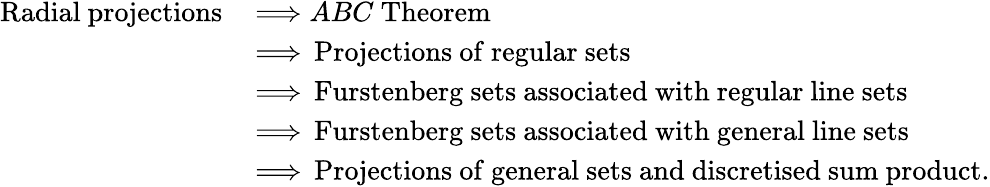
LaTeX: \begin{array}{rl}{\mathrm{Radial~projections}\, }&{\Longrightarrow ABC\mathrm{~Theorem}}\\ &{\Longrightarrow\, \mathrm{Projections~of~regular~sets}}\\ &{\Longrightarrow\, \mathrm{Furstenberg~sets~associated~with~regular~line~sets}}\\ &{\Longrightarrow\, \mathrm{Furstenberg~sets~associated~with~general~line~sets}}\\ &{\Longrightarrow\, \mathrm{Projections~of~general~sets~and~discretised~sum~product}.}\end{array}